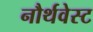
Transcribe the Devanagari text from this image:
नौर्थवेस्ट